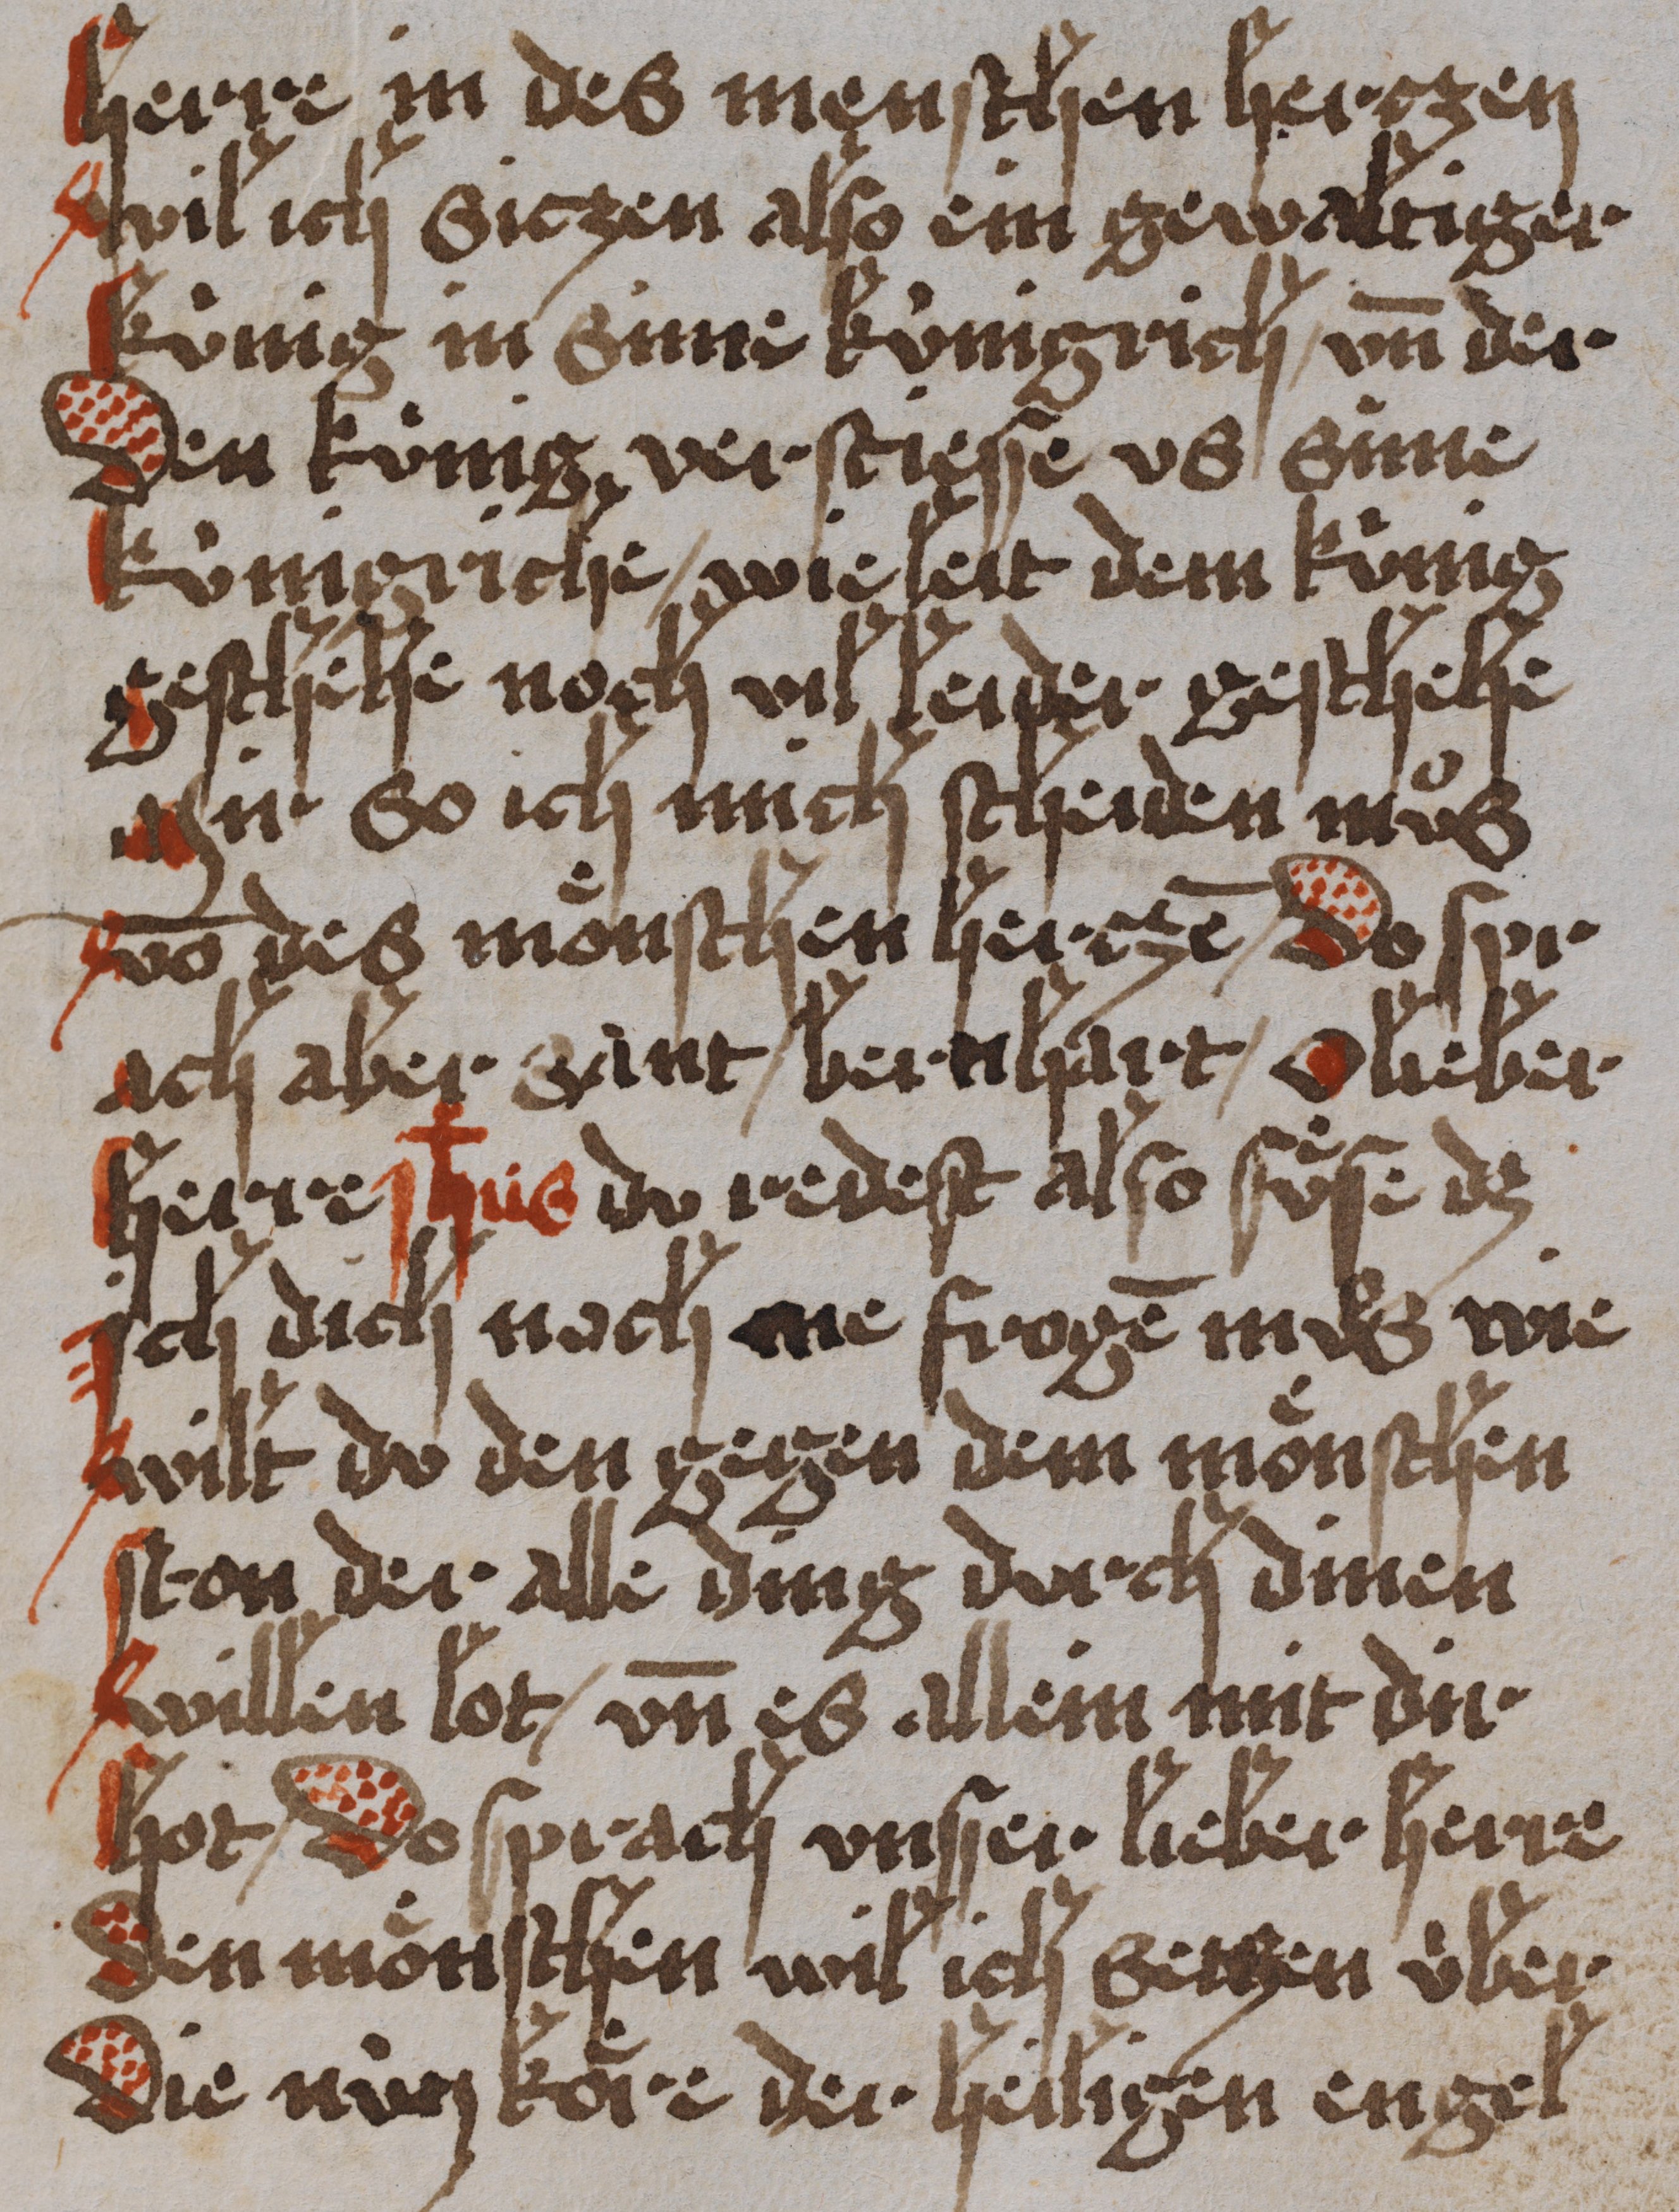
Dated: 1450–1499